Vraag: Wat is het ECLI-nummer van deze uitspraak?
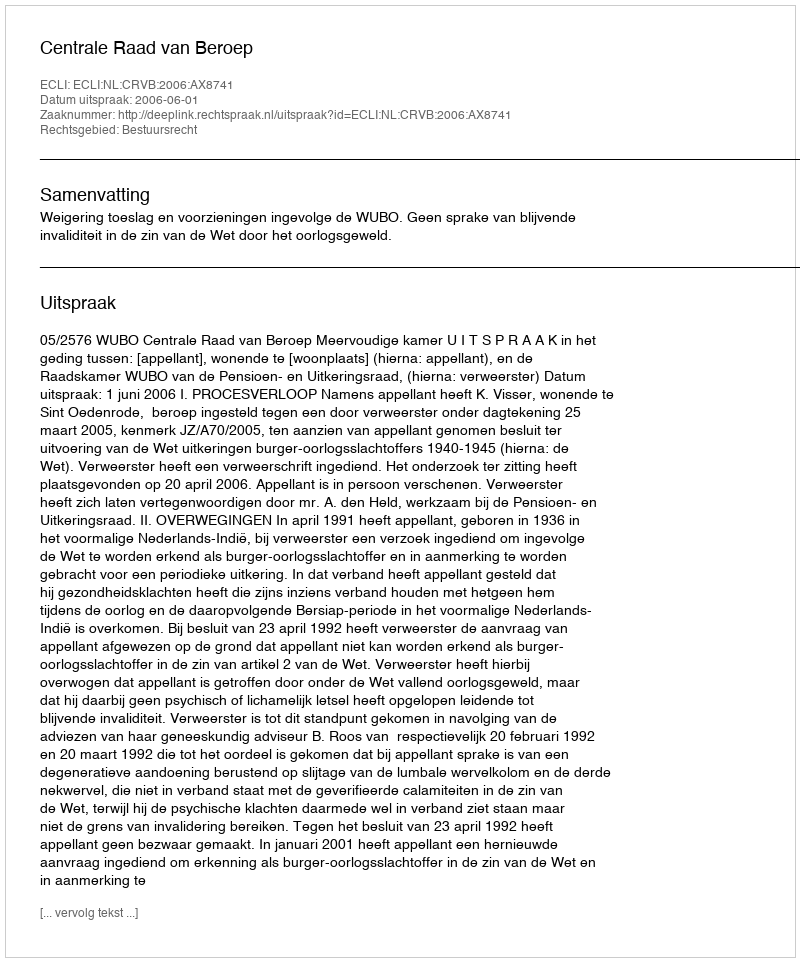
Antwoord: ECLI:NL:CRVB:2006:AX8741